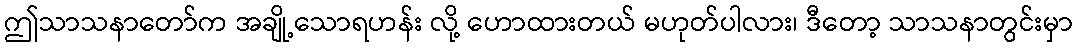
ဤသာသနာတော်က အချို့သောရဟန်း လို့ ဟောထားတယ် မဟုတ်ပါလား၊ ဒီတော့ သာသနာတွင်းမှာ